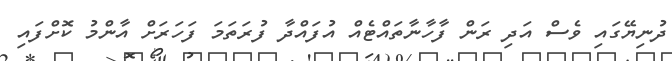
ދުނިޔޭގައި ވެސް އަދި ރަން ފާހާނާތައްޓެއް އުފައްދާ ފުރަތަމަ ފަހަރަށް އާންމު ކޮށްފައި